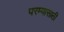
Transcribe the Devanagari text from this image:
परम्यासाठी